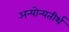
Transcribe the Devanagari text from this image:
अन्योन्यतीर्थ